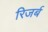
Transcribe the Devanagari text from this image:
रिजर्ब